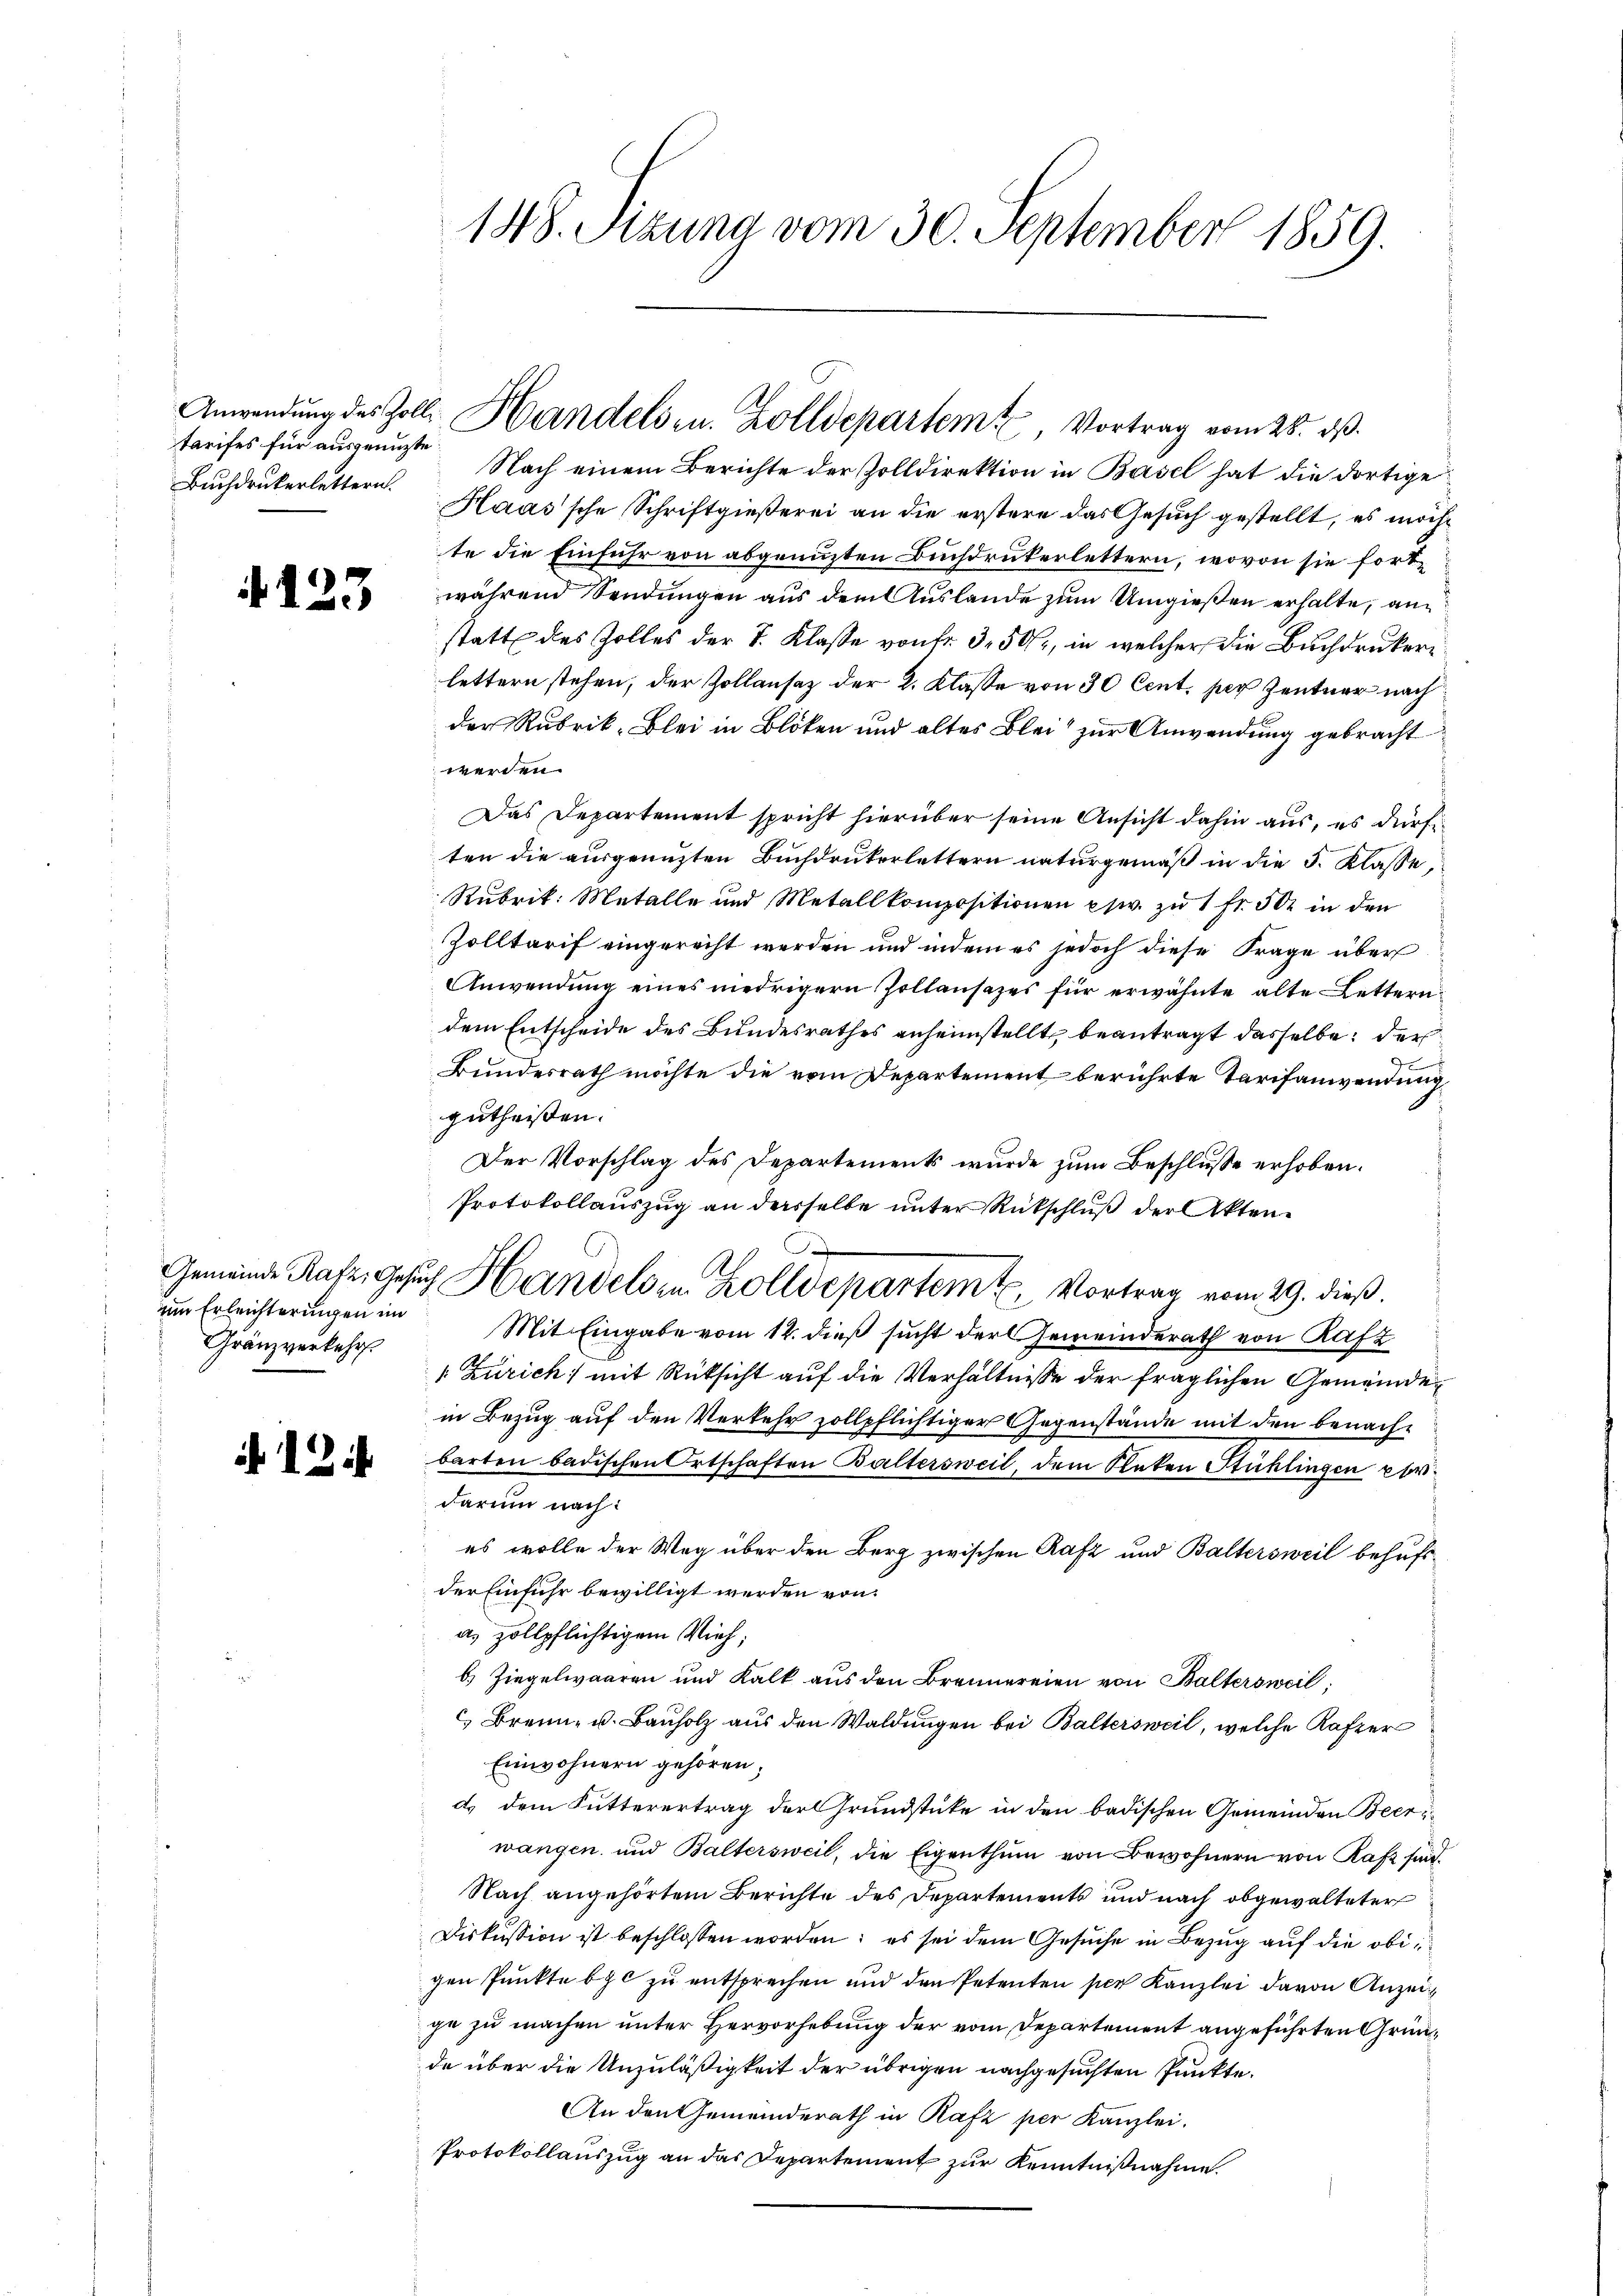
tarifes für ausgenuzte
Buchdrukerlettern.

4123

Gemeinde Rafz, Gesin
um Erleichterungen im
Gränzverkehr

2

148. Szuna vom 30. September 1859.

Anwendŭng des Zoll Handels zu. Zolldepartem Vortrag vom 28. ds.

Nach einem Berichte der Zolldirektion in Basel hat die dortige
Haas'sche Schriftgießerei an die erstere das Gesuch gestellt, es möchte die Einfuhr von abgenuzten Buchdruckerlettern, wovon sie fortwährend Sendungen aus dem Auslande zum Umgießen erhalte, an
statt des Zolles der V. Klasse von fr. 350, in welcher die Buchdruckerlettern stehen, der Zollansaz der 2. Klasse von 30 Cent, per Zentner nach
der Rubrik, Blei in Bloken und altes Blei zur Anwendung gebracht
werden.
Das Departement spricht hierüber seine Ansicht dahin aus, es dürften die ausgenuzten Buchdrukerlettern naturgemäß in die 3. Klasse,
Rubrik: Metalle und Metallkompositionen psw. zu 1 Fr. 502 in den
Zolltarif eingerecht werden und indem es jedoch diese Frage über
Anwendung eines niedrigern Zollansazes für erwähnte alte Lettern
dem Entscheide des Bundesrathes anheimstellt, beantragt dasselbe der
Bundesrath möchte die vom Departement berührte Tarifanwendung
zutheissen.
Der Vorschlag des Departements wurde zum Beschlusse erhoben.
Protokollauszug an derselbe unter Rückschluß der Akten¬
F
.
G Handels in Zolldepartem Vortrag vom 29. dieß.
Mit Eingabe vom 12. dieß sucht der Gemeinderath von Rafz
 Zürich) mit Rüksicht auf die Verhältnisse der fraglichen Gemeindein Bezug auf den Verkehr zollpflichtiger Gegenstände mit den benachbarten badischen Ortschaften Baltersweil, dem Stacken Stühlingen perdarum nach:
es wolle der Weg über den Berg zwischen Rafz und Baltersweil behufs
der Einfuhr bewilligt werden von
a. zollpflichtigem Vieh,
b Ziegelwaaren und Kalk aus den Brennereien von Baltersweil
 Brenn- u. Bauholz aus den Waldungen bei Baltersweil, welche Kafzer
Einwohnern gehören;
d) dem Futterertrag der Grundstüke in den badischen Gemeinden Beerwangen und Baltersweil, die Eigenthum von Bewohnern von Rafz find¬
Nach angehörtem Berichte des Departements und nach obgewalteter
Diskussion ist beschlossen worden; es sei dem Gesuche in Bezug auf die obigen Punkte bic zu entsprechen und den Petenten per Kanzlei davon Anzeige zu machen unter Hervorhebung der vom Departement angeführten Gründe über die Unzuläßigkeit der übrigen nachgesuchten Punkte.
An den Gemeinderath in Rafz per Kanzlei.
Protokollauszug an das Departement zur Kenntnißnahme.